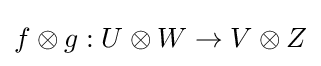
f\otimes g:U\otimes W\to V\otimes Z